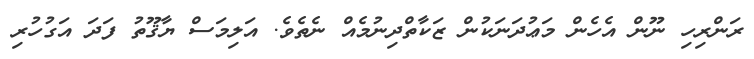
ރަންރިހި ނޫން އެހެން މަޢުދަނަކުން ޒަކާތްދިނުމެއް ނެތެވެ. އަލިމަސް ޔާޤޫތު ފަދަ އަގުހުރި